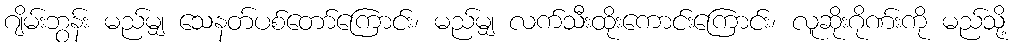
ဂျိမ်းဘွန်း မည်မျှ သေနတ်ပစ်တော်ကြောင်း၊ မည်မျှ လက်သီးထိုးကောင်းကြောင်း၊ လူဆိုးဂိုဏ်းကို မည်သို့